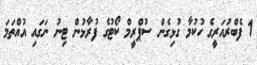
1 ފެބްރުއަރީގެ ހުކުމާ ގުޅިގެން ސުޕްރީމް ކޯޓުގެ ފުރާޅުން ޓިނު ނަގައި އުއްތަމަ